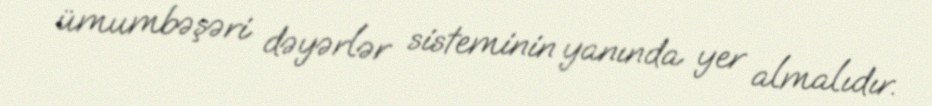
ümumbəşəri dəyərlər sisteminin yanında yer almalıdır.